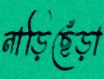
নাড়িছেঁড়া